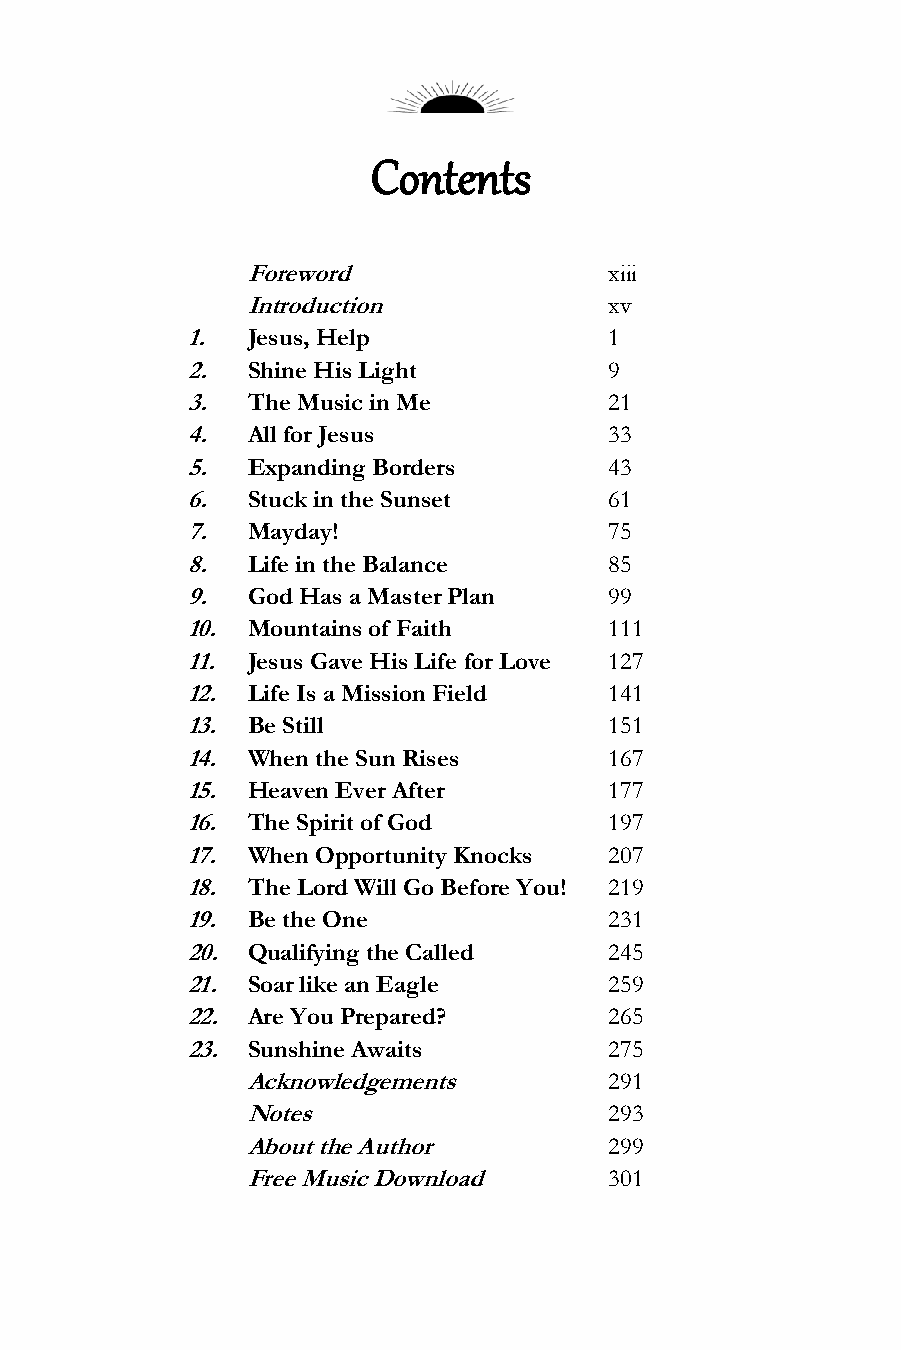
Contents
 Foreword                xiii
 Introduction            xv
 1.  Jesus, Help             1
 2.  Shine His Light         9
 3.  The Music in Me         21
 4.  All for Jesus           33
 5.  Expanding Borders       43
 6.  Stuck in the Sunset     61
 7.  Mayday!                 75
 8.  Life in the Balance     85
 9.  God Has a Master Plan   99
 10. Mountains of Faith      111
 11. Jesus Gave His Life for Love 127
 12. Life Is a Mission Field 141
 13. Be Still                151
 14. When the Sun Rises      167
 15. Heaven Ever After       177
 16. The Spirit of God       197
 17. When Opportunity Knocks 207
 18. The Lord Will Go Before You! 219
 19. Be the One              231
 20. Qualifying the Called   245
 21. Soar like an Eagle      259
 22. Are You Prepared?       265
 23. Sunshine Awaits         275
 Acknowledgements        291
 Notes                   293
 About the Author        299
 Free Music Download     301